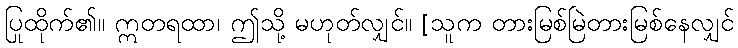
ပြုထိုက်၏။ ဣတရထာ၊ ဤသို့ မဟုတ်လျှင်။ [သူက တားမြစ်မြဲတားမြစ်နေလျှင်